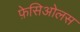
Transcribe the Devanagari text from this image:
फ़ेसिओलस